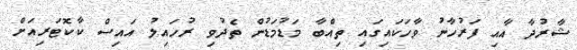
ޝާރުދާ އާއި ފަރުހާނު ވާހަކައިގައި ތިއްބާ މަޑުމަޑުން ތެދުވި ރުހައިލު އައިސް ކާކޮޓަރިއަށް